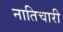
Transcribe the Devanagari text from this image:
नातिचारी